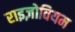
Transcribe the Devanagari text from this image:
राइज़ोवियम